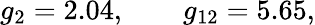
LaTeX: g_{2}=2.04,\qquad g_{12}=5.65,